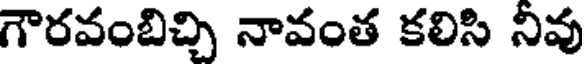
గౌరవంబిచ్చి నావంత కలిసి నివు